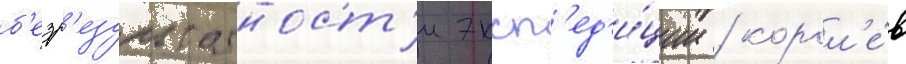
б'езр'езультатност'и эксп'ед'и́ции / корол'е́в